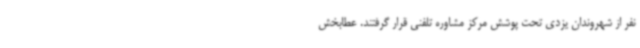
نفر از شهروندان یزدی تحت پوشش مرکز مشاوره تلفنی قرار گرفتند. عطابخش